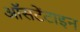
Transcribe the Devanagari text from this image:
ऑसटेंटाइन